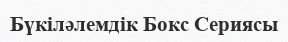
Бүкіләлемдік Бокс Сериясы